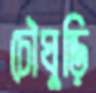
চৌঘুড়ি